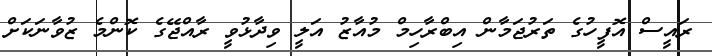
ރައީސް އޮފީހުގެ ތަރުޖަމާން އިބްރާހިމް މުއާޒު އަލީ ވިދާޅުވީ ރާއްޖޭގެ ކޮންމެ ޒުވާނަކަށް